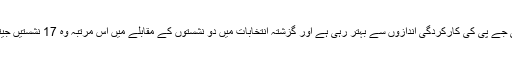
مغربی بنگال میں بھی بی جے پی کی کارکردگی اندازوں سے بہتر رہی ہے اور گزشتہ انتخابات میں دو نشستوں کے مقابلے میں اس مرتبہ وہ 17 نشستیں جیتتی دکھائی دے رہی ہے۔